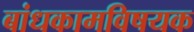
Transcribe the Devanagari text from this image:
बांधकामविषयक